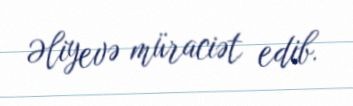
Əliyevə müraciət edib.